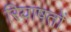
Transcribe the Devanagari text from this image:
रियाषतों